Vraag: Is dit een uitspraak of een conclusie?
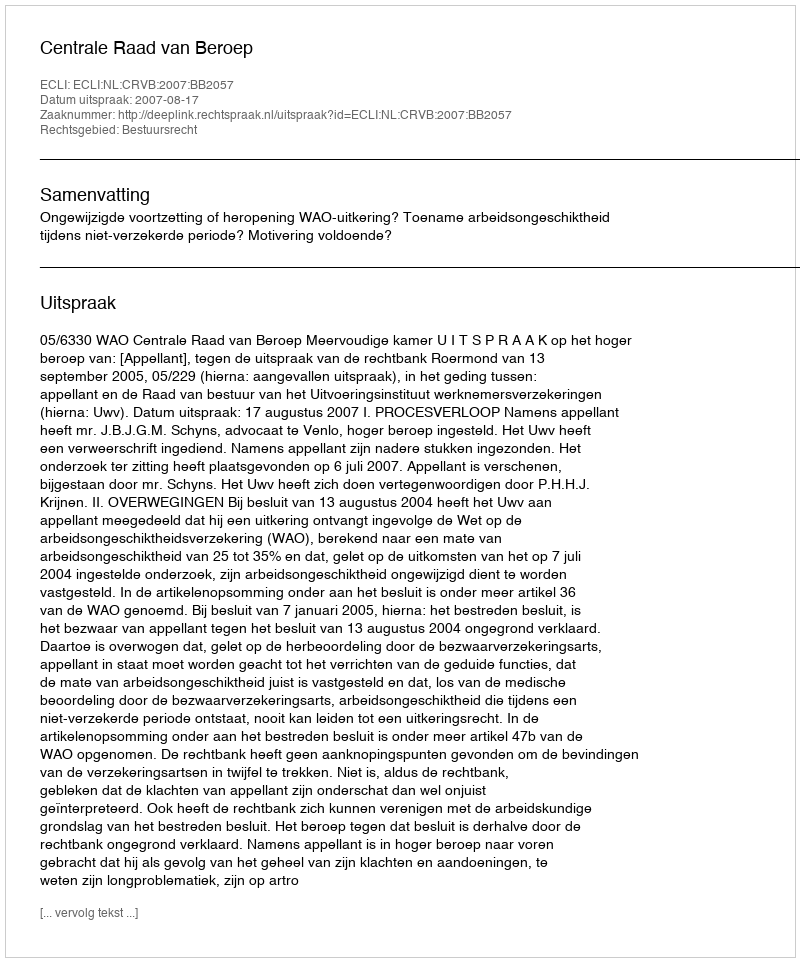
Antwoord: Uitspraak